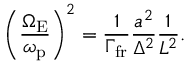
\left( \frac { \Omega _ { \mathrm { E } } } { \omega _ { \mathrm { p } } } \right) ^ { 2 } = \frac { 1 } { \Gamma _ { \mathrm { f r } } } \frac { a ^ { 2 } } { \Delta ^ { 2 } } \frac { 1 } { L ^ { 2 } } .